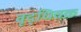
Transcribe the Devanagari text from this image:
वृद्धिवक्र